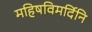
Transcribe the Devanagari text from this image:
महिषविमर्दिनि